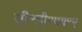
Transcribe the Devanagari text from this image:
सी॰डी॰एम॰ए